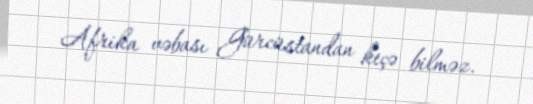
Afrika vəbası Gürcüstandan keçə bilməz.